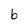
Character: 6